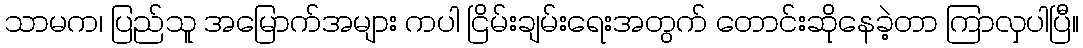
သာမက၊ ပြည်သူ အမြောက်အများ ကပါ ငြိမ်းချမ်းရေးအတွက် တောင်းဆိုနေခဲ့တာ ကြာလှပါပြီ။